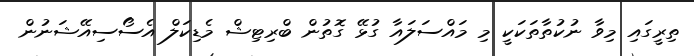
ތިރީގައި މިވާ ނުކުތާތަކަކީ މި މައްސަލައާ ގުޅޭ ގޮތުން ބްރިޓިޝް މެޑިކަލް އެސޯސިއޭޝަނުން